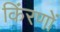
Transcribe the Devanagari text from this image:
किंरणों